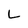
Character: L